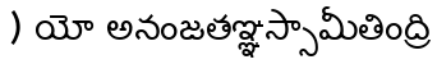
) యో అనంజతఞ్ఞస్సామీతింద్రి